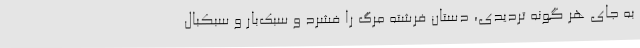
به جای هر گونه تردیدی، دستان فرشته مرگ را فشرد و سبک‌بار و سبکبال